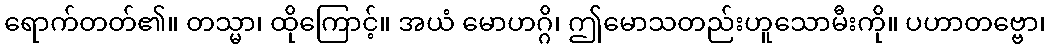
ရောက်တတ်၏။ တသ္မာ၊ ထိုကြောင့်။ အယံ မောဟဂ္ဂိ၊ ဤမောသတည်းဟူသောမီးကို။ ပဟာတဗ္ဗော၊